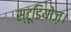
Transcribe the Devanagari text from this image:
स्टूडियोज़।